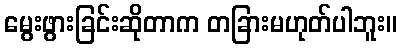
မွေးဖွားခြင်းဆိုတာက တခြားမဟုတ်ပါဘူး။